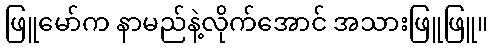
ဖြူမော်က နာမည်နဲ့လိုက်အောင် အသားဖြူဖြူ။